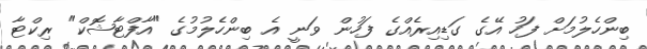
ބިންހެލުމަށް ފަހު އޭގެ ގަޑިއިރެއްގެ ފަހުން ވަނީ އެ ބިންހެލުމުގެ "އާފްޓާޝޮކް" ރިކްޓާ